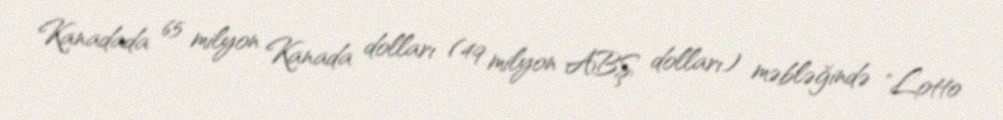
Kanadada 65 milyon Kanada dolları (49 milyon ABŞ dolları) məbləğində "Lotto